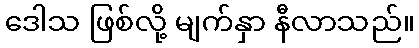
ဒေါသ ဖြစ်လို့ မျက်နှာ နီလာသည်။